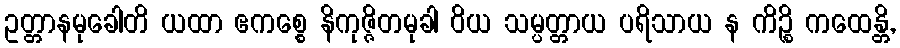
ဥတ္တာနမုခေါတိ ယထာ ဧကစ္စေ နိကုဇ္ဇိတမုခါ ဝိယ သမ္ပတ္တာယ ပရိသာယ န ကိဉ္စိ ကထေန္တိ,